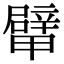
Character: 𨐴